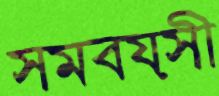
সমবয়সী